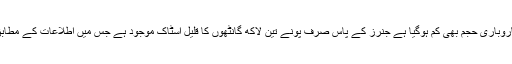
سیزن اختتامی مراحل میں ہونے کے باعث کاروباری حجم بھی کم ہوگیا ہے جنرز کے پاس صرف پونے تین لاکھ گانٹھوں کا قلیل اسٹاک موجود ہے جس میں اطلاعات کے مطابق اچھی کوالٹی کی روئی بہت کم دستیاب ہے۔